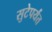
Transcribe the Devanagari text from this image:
सुटेपर्यंत